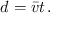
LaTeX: d = { \boldsymbol { \bar { v } } } t \, .